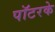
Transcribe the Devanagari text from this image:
पॉटरके